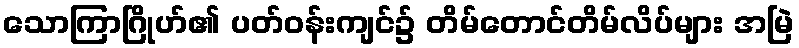
သောကြာဂြိုဟ်၏ ပတ်ဝန်းကျင်၌ တိမ်တောင်တိမ်လိပ်များ အမြဲ